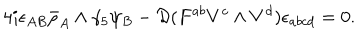
4 i \epsilon _ { A B } \bar { \rho } _ { A } \wedge \gamma _ { 5 } \psi _ { B } - { \cal D } ( F ^ { a b } V ^ { c } \wedge V ^ { d } ) \epsilon _ { a b c d } = 0 .